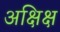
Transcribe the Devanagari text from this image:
अक्षिक्ष